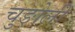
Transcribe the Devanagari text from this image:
चुङोली